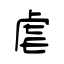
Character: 虐